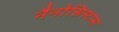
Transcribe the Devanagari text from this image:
नैनोसिस्टम्स